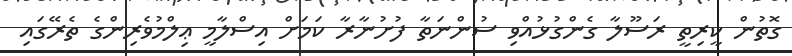
ގޮތުން ކީރިތީ ރަސޫލާ ގެންގުޅުއްވި ސުންނަތާ ފުށުނާރާ ކަމަށް އިސްލާމީ ޢިލްމުވެރިންގެ ތެރޭގައި